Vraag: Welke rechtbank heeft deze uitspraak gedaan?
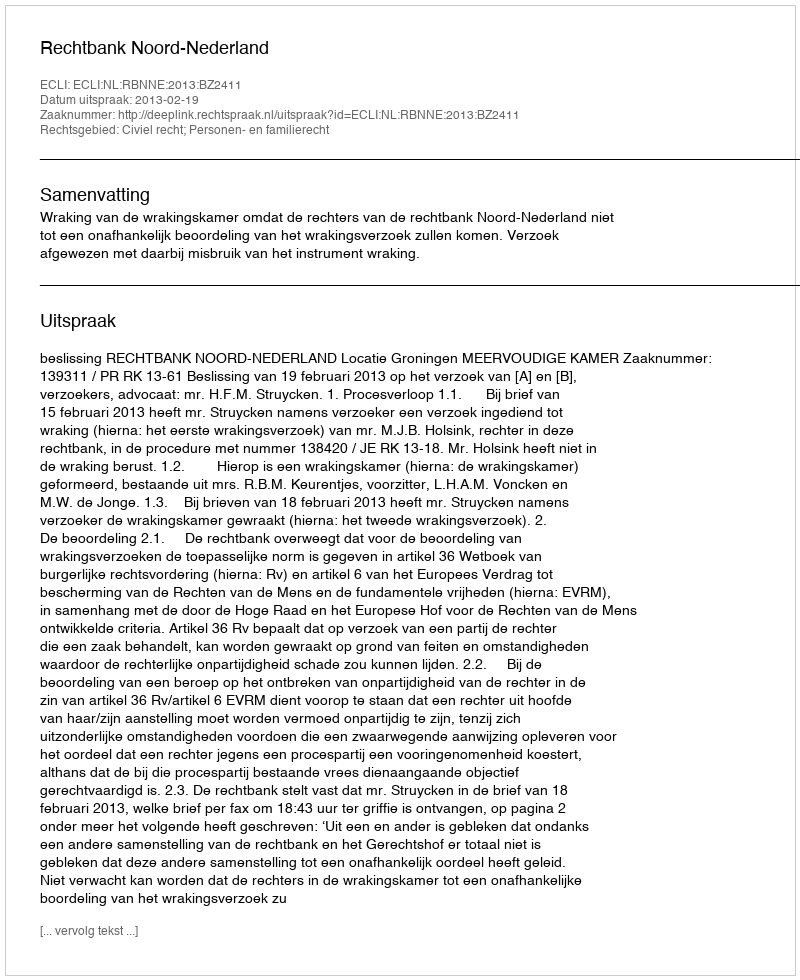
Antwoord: Rechtbank Noord-Nederland